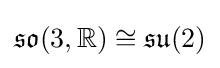
{\mathfrak {so}}(3,\mathbb {R} )\cong {\mathfrak {su}}(2)